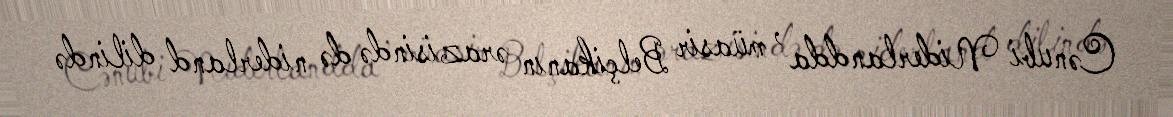
Cənubi Niderlandda , müasir Belçikanın ərazisində də niderland dilində